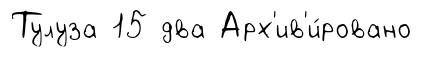
Тулуза 15 два Арх'ив'и́ровано